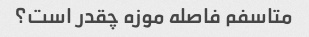
متاسفم فاصله موزه چقدر است؟